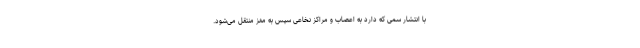
با انتشار سمی که دارد به اعصاب و مراکز نخاعی سپس به مغز منتقل می‌شود.